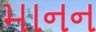
માનન